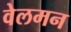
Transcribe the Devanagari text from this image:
वेलमन